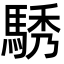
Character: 𮪆